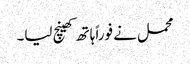
محمل نے فوراً ہاتھ کھینچ لیا۔